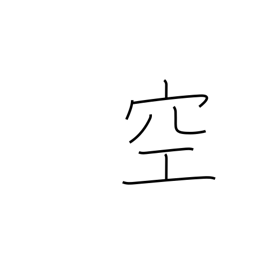
Meaning: vacant